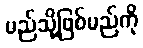
မည်သို့ဖြစ်မည်ကို